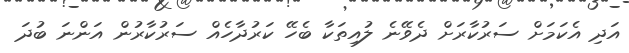
އަދި އެކަމަށް ސަރުކާރަށް ދެވޭނެ ލުއިތަކާ ބެހޭ ކަރުދާހެއް ސަރުކާރުން އަންނަ ބުދަ